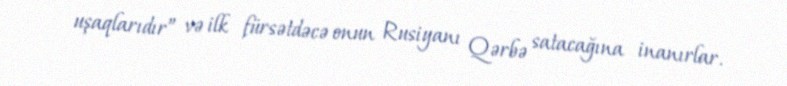
uşaqlarıdır” və ilk fürsətdəcə onun Rusiyanı Qərbə satacağına inanırlar.